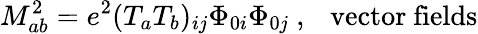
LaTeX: M_{ab}^{2}=e^{2}(T_{a}T_{b})_{ij}\Phi_{0i}\Phi_{0j}\ ,\ \ \ \mathrm{vector\ fields}